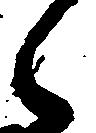
之